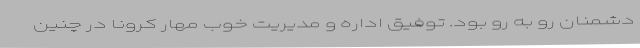
دشمنان رو به رو بود. توفیق اداره و مدیریت خوب مهار کرونا در چنین